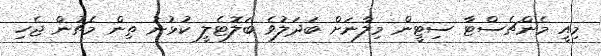
މިއީ މެންޗެސްޓާ ސިޓީން މިލާނަށް ބަދަލުވެ ބަލޮޓެލީ ކުޅުނު ތިން މެޗުން ޖެހި